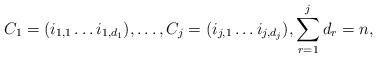
LaTeX: \begin{align*}C_1 = (i_{1,1} \dots i_{1, d_1} ), \dots, C_j = (i_{j,1} \dots i_{j, d_j}), \sum_{r=1}^j d_r = n,\end{align*}